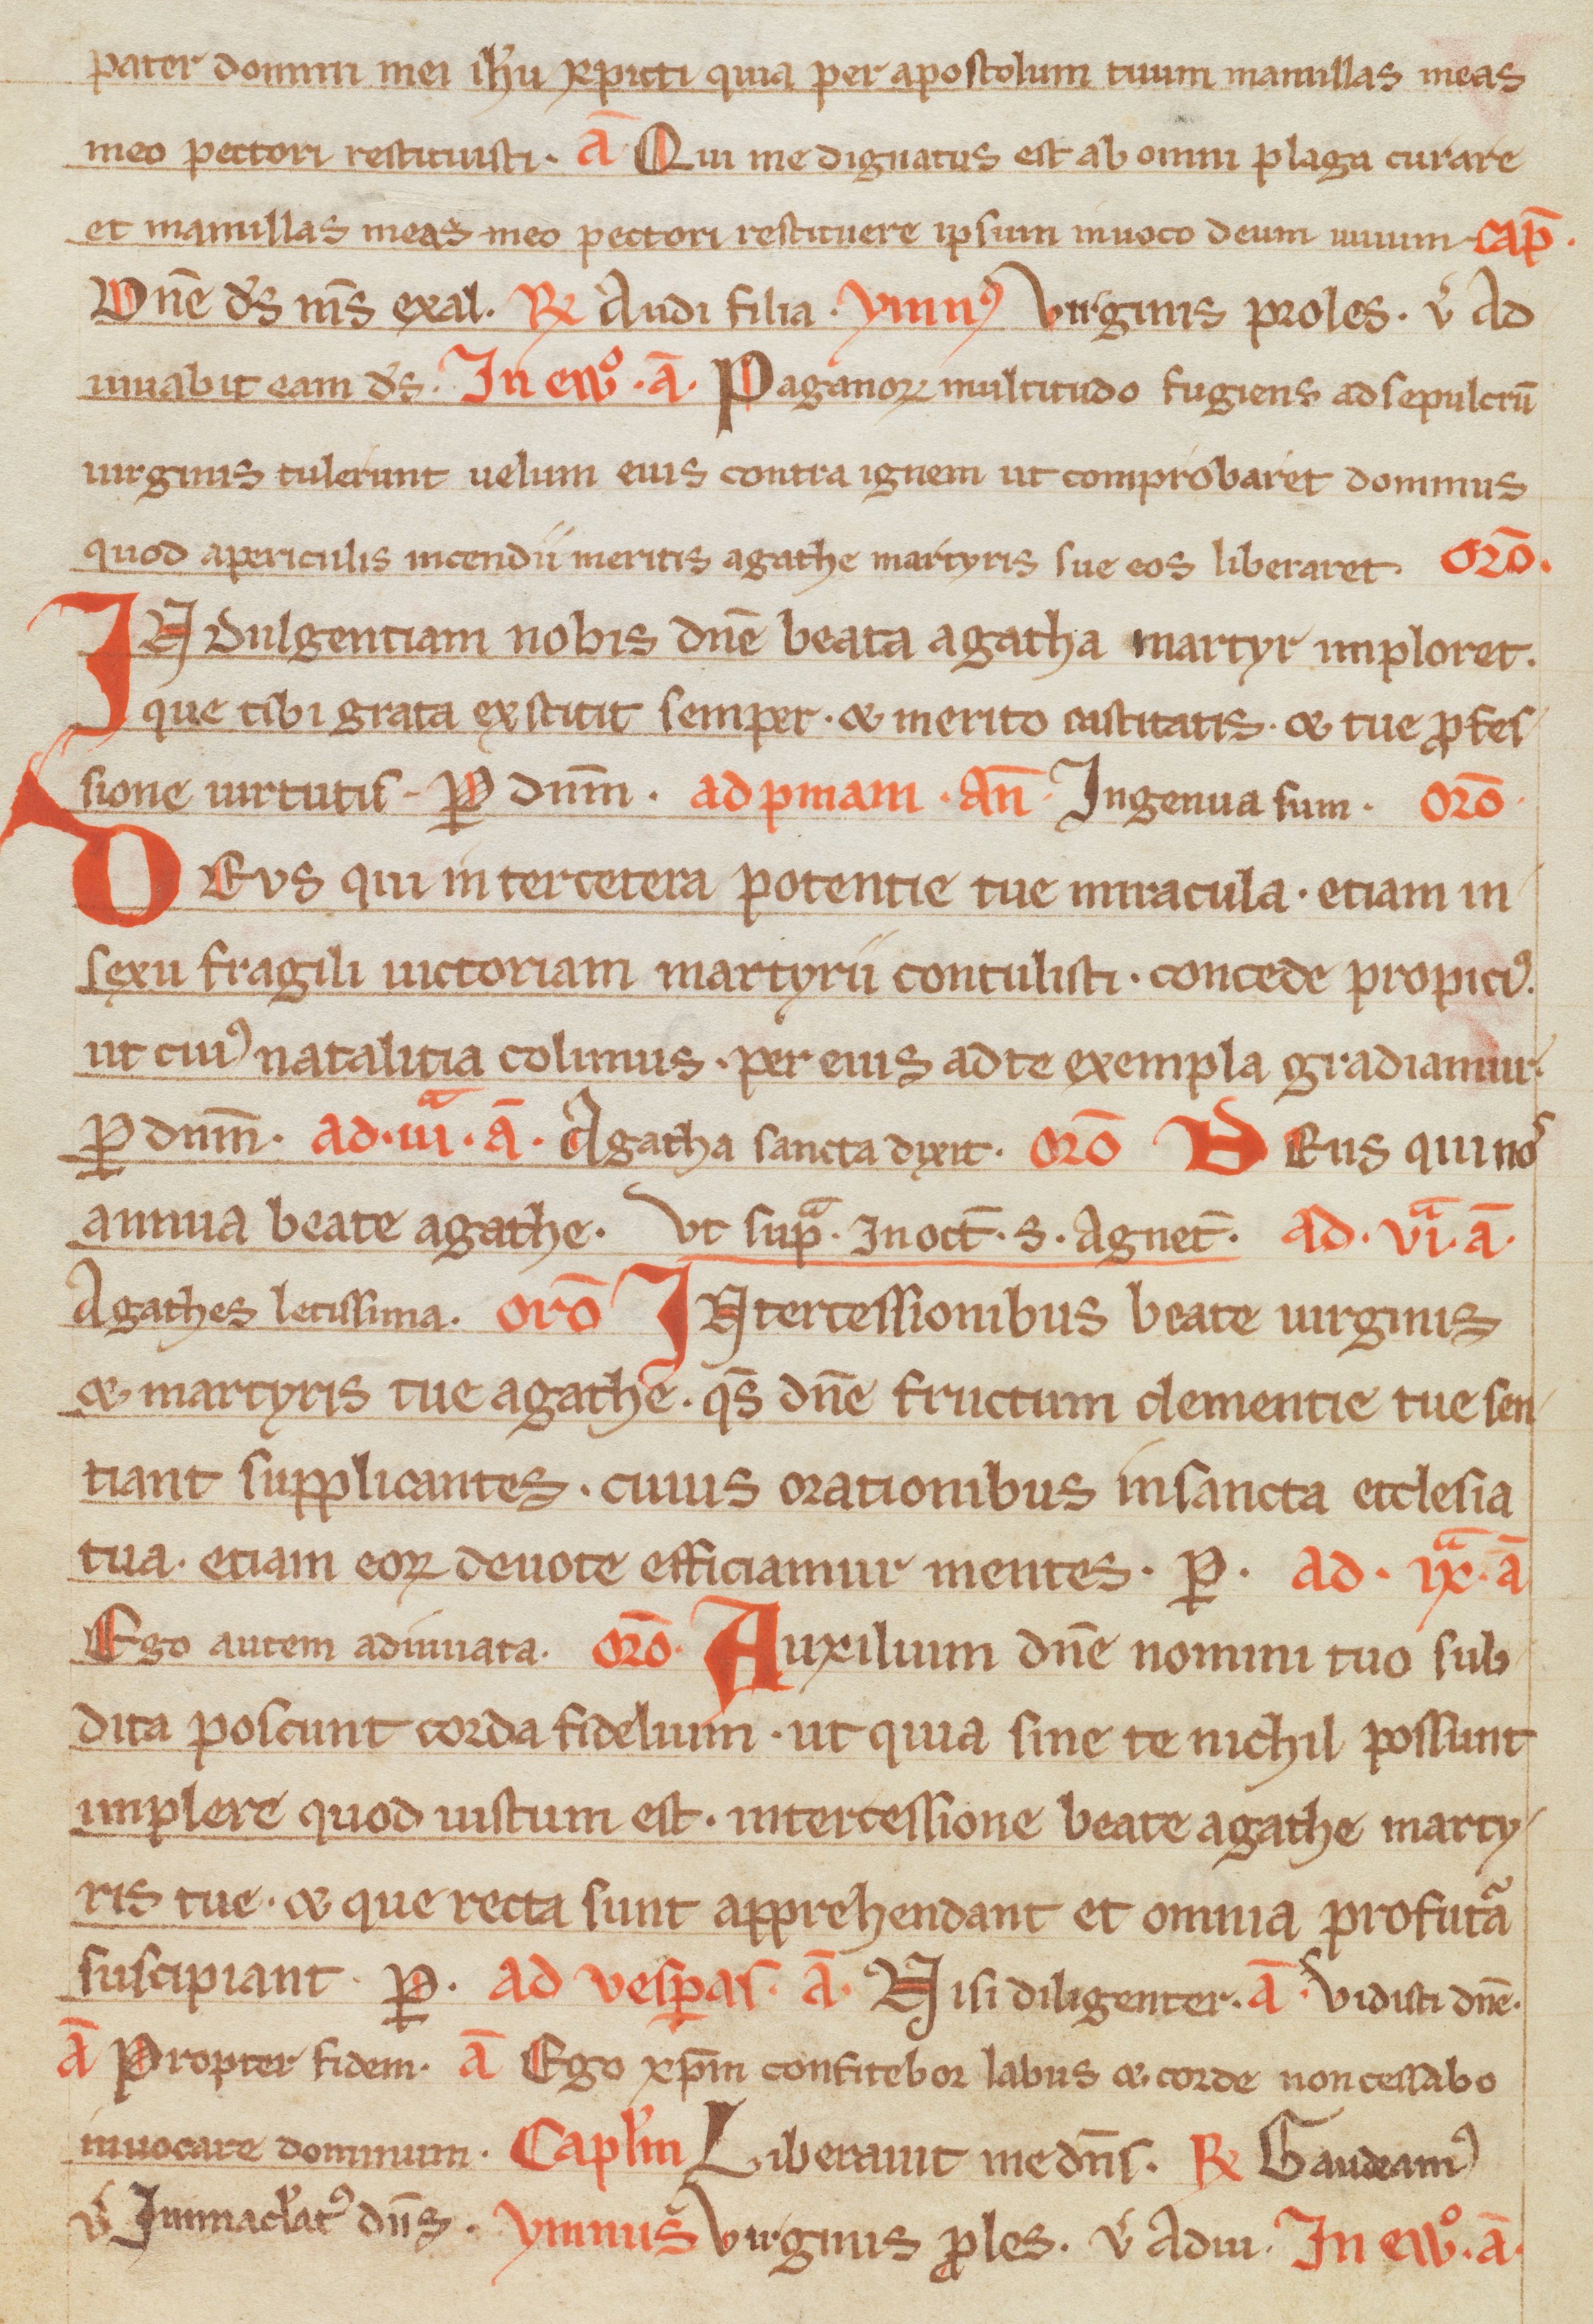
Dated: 1300–1399